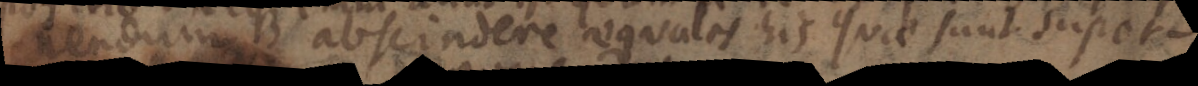
nendum abscindere aequales his quae sunt super-